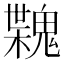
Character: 𩳶